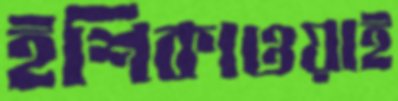
ইশিকাওয়াই